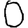
Digit: 0